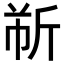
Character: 𫿹